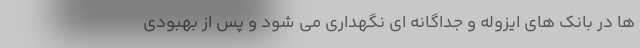
ها در بانک های ایزوله و جداگانه ای نگهداری می شود و پس از بهبودی